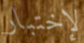
لإختبار